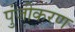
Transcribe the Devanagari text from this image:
पुंजीकरण